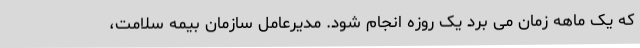
که یک ماهه زمان می برد یک روزه انجام شود. مدیرعامل سازمان بیمه سلامت،